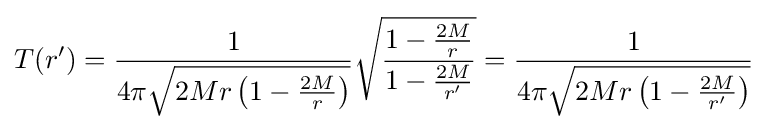
T(r')={\frac {1}{4\pi {\sqrt {2Mr\left(1-{\frac {2M}{r}}\right)}}}}{\sqrt {\frac {1-{\frac {2M}{r}}}{1-{\frac {2M}{r'}}}}}={\frac {1}{4\pi {\sqrt {2Mr\left(1-{\frac {2M}{r'}}\right)}}}}